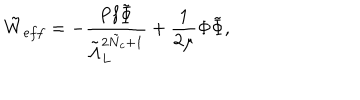
\tilde { W } _ { e f f } = - \frac { \mathrm { P f } \tilde { \Phi } } { \tilde { \Lambda } _ { L } ^ { 2 \tilde { N } _ { c } + 1 } } + \frac { 1 } { 2 \mu } \Phi \tilde { \Phi } ,